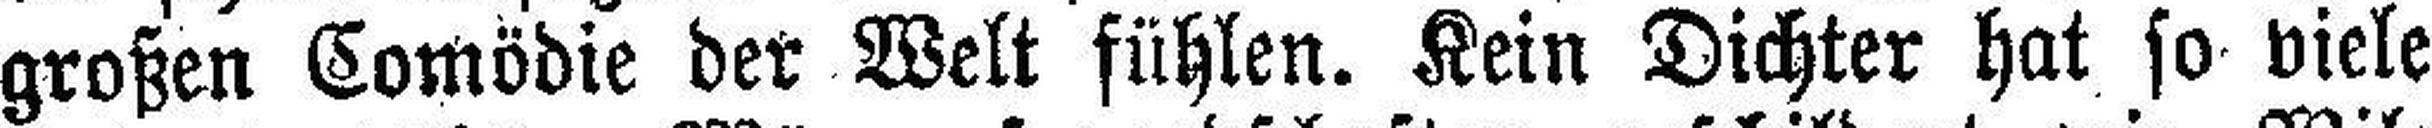
großen Comödie der Welt fühlen. Kein Dichter hat so viele